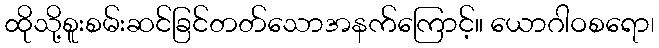
ထိုသို့စူးစမ်းဆင်ခြင်တတ်သောအနက်ကြောင့်။ ယောဂါဝစရော၊